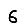
Digit: 6